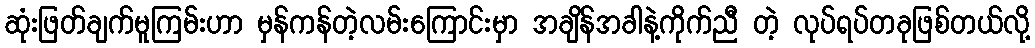
ဆုံးဖြတ်ချက်မူကြမ်းဟာ မှန်ကန်တဲ့လမ်းကြောင်းမှာ အချိန်အခါနဲ့ကိုက်ညီ တဲ့ လုပ်ရပ်တခုဖြစ်တယ်လို့